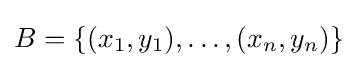
B=\{(x_{1},y_{1}),\ldots ,(x_{n},y_{n})\}